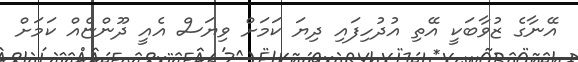
އޭނާގެ ޒުވާބަކީ އޭތި އުދުހިފައި ދިޔަ ކަމަށް ވިޔަސް އެއީ ދޫންޏެއް ކަމަށް